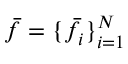
\bar { f } = \{ \bar { f } _ { i } \} _ { i = 1 } ^ { N }